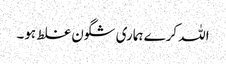
اللہ کرے ہماری شگون غلط ہو۔